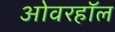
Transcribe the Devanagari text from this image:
ओवरहॉल